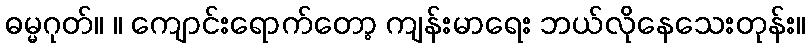
ဓမ္မဂုတ်။ ။ ကျောင်းရောက်တော့ ကျန်းမာရေး ဘယ်လိုနေသေးတုန်း။